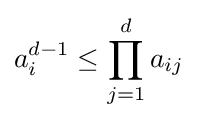
a_{i}^{d-1}\leq \prod _{j=1}^{d}a_{ij}